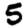
Digit: 5